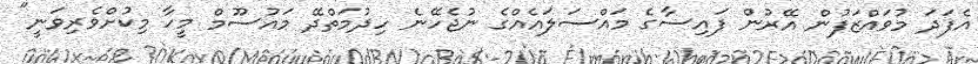
އެފަދަ މުވައްޒަފުން އޭރުން ފައިސާގެ މައްސަލައެއްގެ ނުޖެހޭނެ ހިދުމަތްދޭ މައުސޫމް މީހާ މިކުށްވެރިވަނީ"